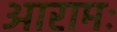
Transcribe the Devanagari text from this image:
आरामः